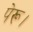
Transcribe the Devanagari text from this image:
पेरू।